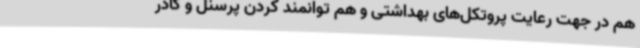
هم در جهت رعایت پروتکل‌های بهداشتی و هم توانمند کردن پرسنل و کادر